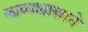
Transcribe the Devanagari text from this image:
काव्यशास्त्राने